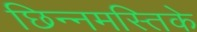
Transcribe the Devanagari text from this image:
छिन्नमस्तिके